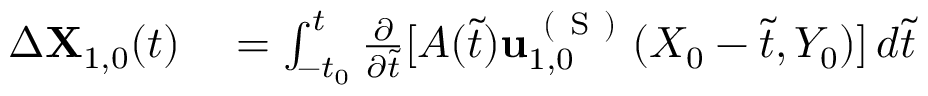
\begin{array} { r l } { \Delta \mathbf { X } _ { 1 , 0 } ( t ) } & { { } = \int _ { - t _ { 0 } } ^ { t } \frac { \partial } { \partial \tilde { t } } [ A ( \tilde { t } ) \mathbf { u } _ { 1 , 0 } ^ { \mathrm { ~ ( ~ S ~ ) ~ } } ( X _ { 0 } - \tilde { t } , Y _ { 0 } ) ] \, d \tilde { t } } \end{array}